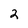
Character: 2